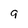
Character: 9